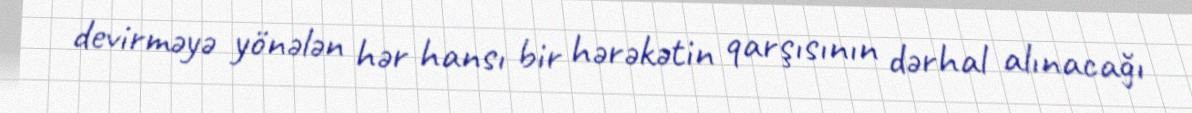
devirməyə yönələn hər hansı bir hərəkətin qarşısının dərhal alınacağı